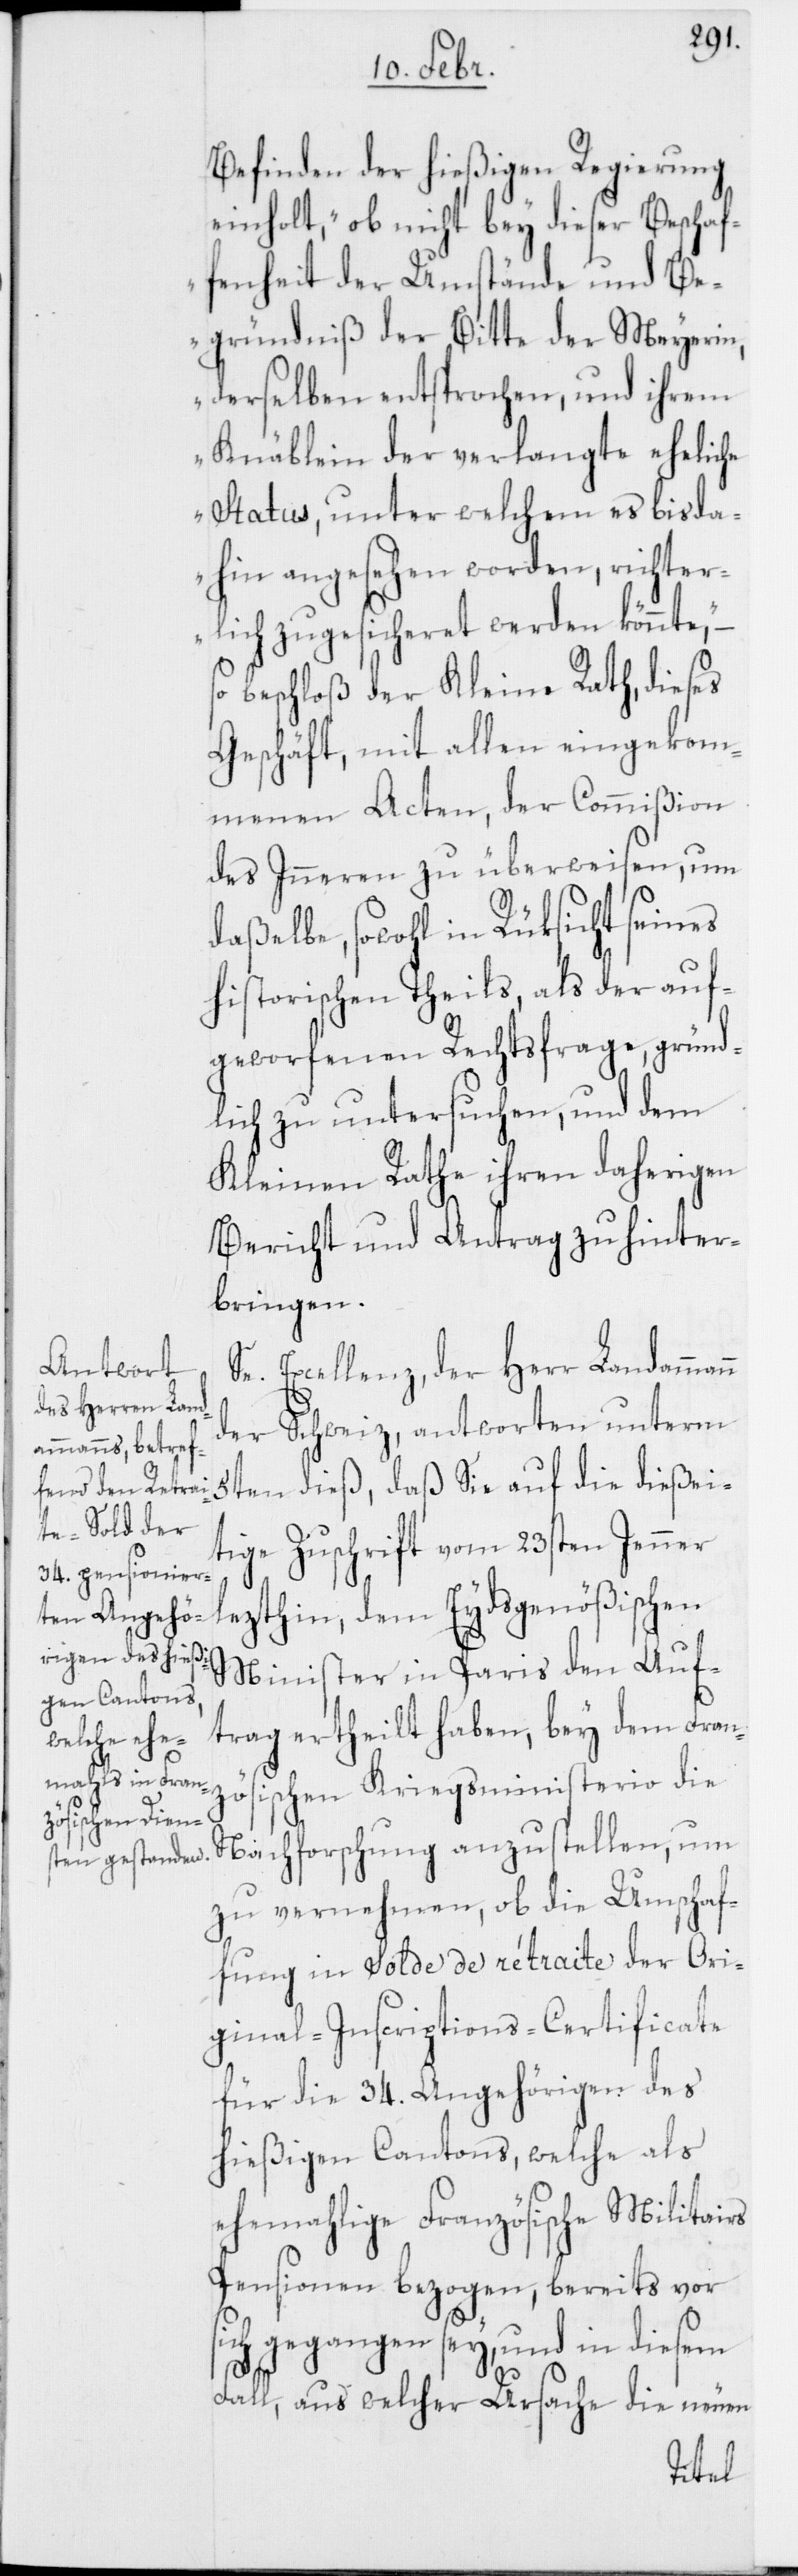
Befinden der hießigen Regierung
einholt, „ob nicht bey dieser Beschaf¬
fenheit der Umstände und Be¬
gründniß der Bitte der Meyerin,
derselben entsprochen, und ihrem
Knäblein der verlangte eheliche
Status, unter welchem es bis da¬
hin angesehen worden, richter¬
lich zugesicheret werden könnte“,
beschloß der Kleine Rath, dieses
Geschäft, mit allen eingekom¬
menen Acten, der Commißion
des Inneren zu überweisen, um
daßelbe, sowohl in Rüksicht seines
historischen Theils, als der auf¬
geworfenen Rechtsfrage, gründ¬
lich zu untersuchen, und dem
Kleinen Rathe ihren daherigen
Bericht und Antrag zu hinter¬
bringen.
Se. Excellenz, der Herr Landammann
der Schweiz, antworten unterm
5ten dieß, daß Sie auf die dießei¬
tige Zuschrift vom 23sten Jenner
lezthin, dem Eydsgenößischen
Minister in Paris den Auf¬
trag ertheilt haben, bey dem Fran¬
zösischen Kriegsministerio die
Nachforschung anzustellen, um
zu vernehmen, ob die Umschaf¬
fung in Solde de rétraite der Ori¬
ginal-Inscriptions-Certificate
für die 34. Angehörigen des
hießigen Cantons, welche als
ehemahlige Französische Militairs
Pensionen bezogen, bereits vor
sich gegangen sey, und in diesem
Fall, aus welcher Ursache die neuen